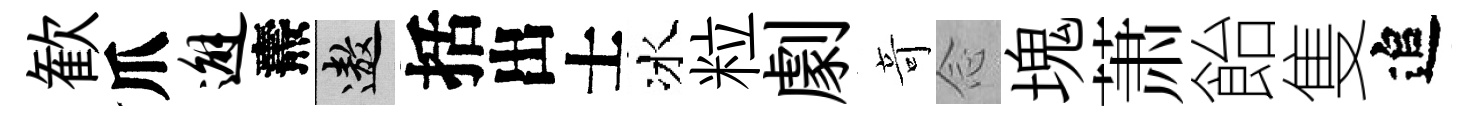
歓爪邂燾遨括出士冰粒劇竒𫝹塊萧飴隻追